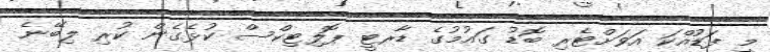
މީ ފަޑުއްކަ އަވަށްޓެރި ބޮޑު ގައުމުގެ ޑާރޓީ ޕޮލިޓިކްސް ކުޅެގެން ކުރި ލިބޭނެ